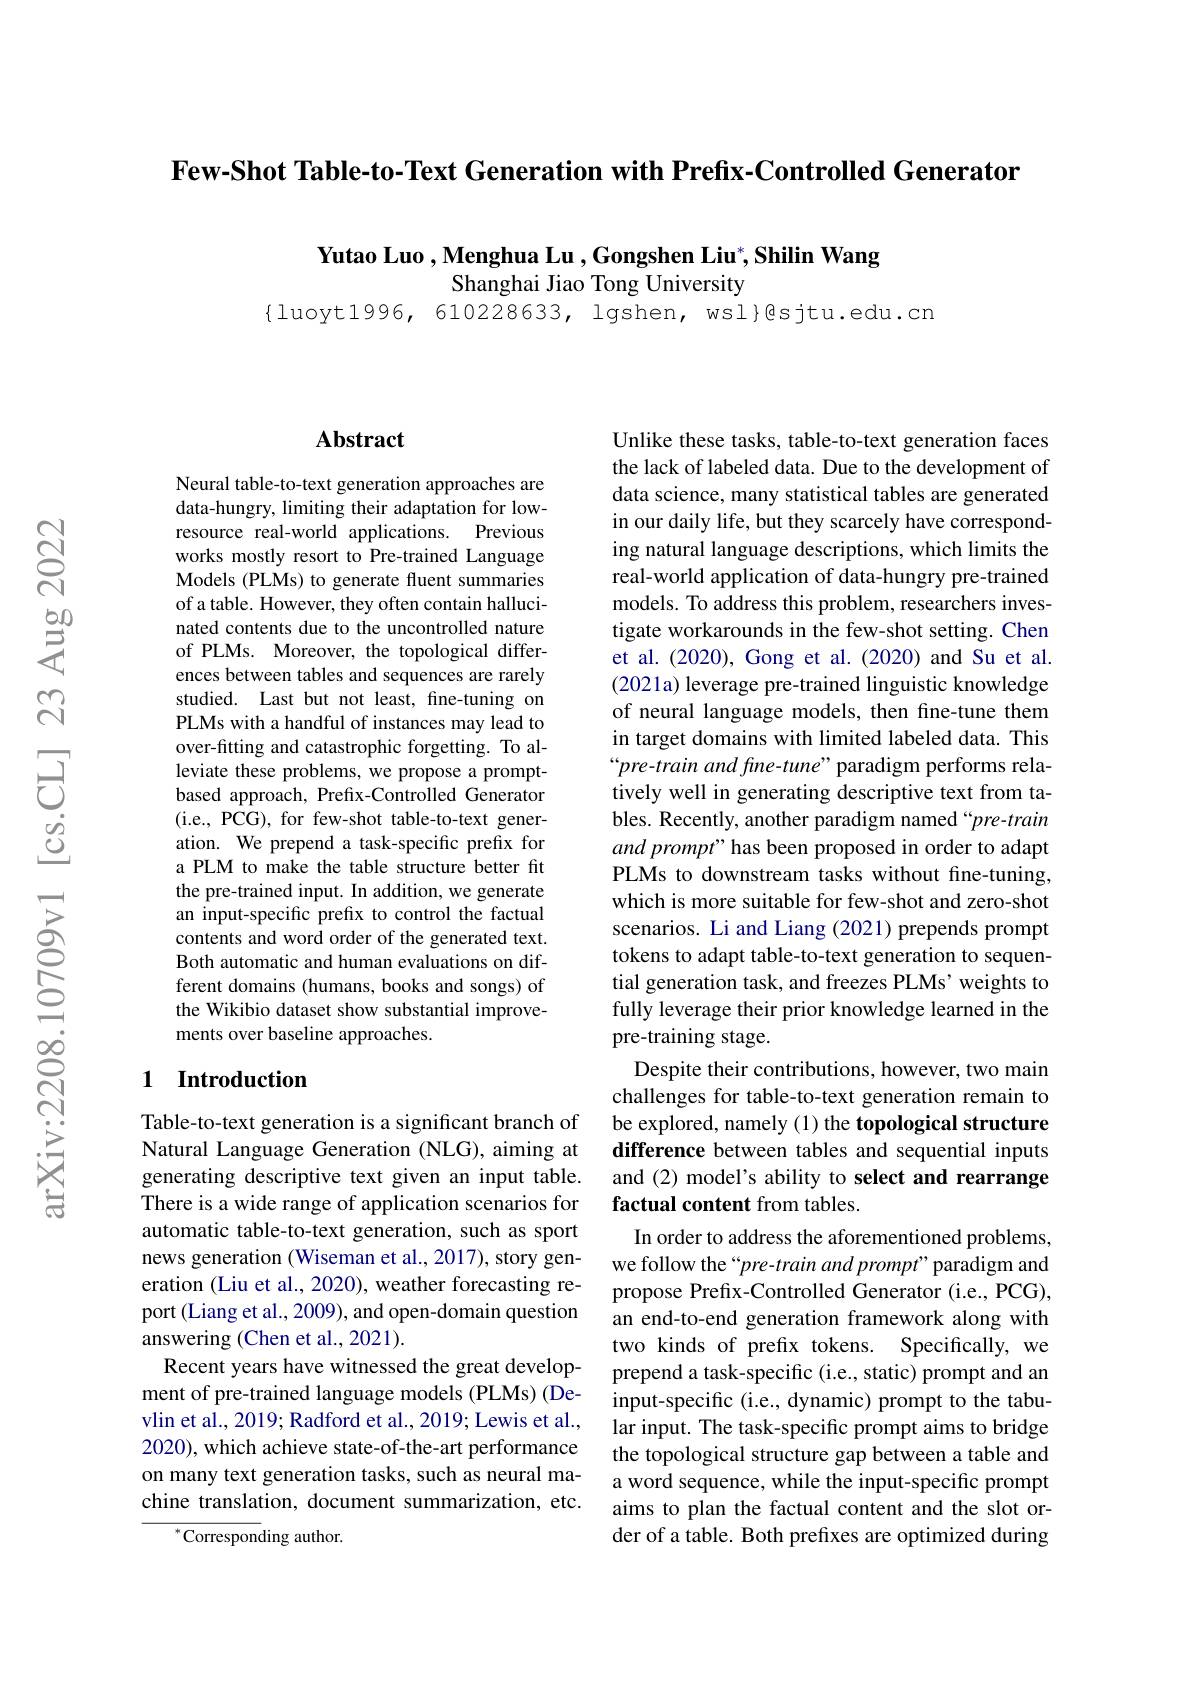
Few-Shot Table-to-Text Generation with Prefix-Controlled Generator

Yutao Luo ,Menghua Lu ,Gongshen Liu$^*$,Shilin Wang

Shanghai Jiao Tong University

$\{$luoyt1996, 610228633, lgshen, wsl}@sjtu.edu.cn

## $\mathbf{Abstract}$

Neural table-to-text generation approaches are data-hungry, limiting their adaptation for low-
Previous
resource real-world applications.
works mostly resort to Pre-trained Language Models (PLMs) to generate fluent summaries of a table. However, they often contain hallucinated contents due to the uncontrolled nature of PLMs. Moreover, the topological differences between tables and sequences are rarely studied. Last but not least, fne-tuning on PLMs with a handful of instances may lead to over-fitting and catastrophic forgetting. To alleviate these problems, we propose a promptbased approach, Prefix-Controlled Generator (i.e., PCG), for few-shot table-to-text generation. We prepend a task-specific prefix for a PLM to make the table structure better fit the pre-trained input. In addition, we generate an input-specific prefix to control the factual contents and word order of the generated text. Both automatic and human evaluations on different domains (humans, books and songs) of the Wikibio dataset show substantial improvements over baseline approaches.

## 1 Introduction

Table-to-text generation is a significant branch of Natural Language Generation (NLG), aiming at generating descriptive text given an input table. There is a wide range of application scenarios for automatic table-to-text generation, such as sport news generation (Wiseman et al., 2017), story generation (Liu et al., 2020), weather forecasting report (Liang et al., 2009), and open-domain question answering (Chen et al., 2021).
Recent years have witnessed the great development of pre-trained language models (PLMs) (Devlin et al., 2019; Radford et al., 2019; Lewis et al., 2020), which achieve state-of-the-art performance on many text generation tasks, such as neural machine translation, document summarization, etc.
$^{*}$Corresponding author.

Unlike these tasks, table-to-text generation faces the lack of labeled data. Due to the development of data science, many statistical tables are generated in our daily life, but they scarcely have corresponding natural language descriptions, which limits the real-world application of data-hungry pre-trained models. To address this problem, researchers investigate workarounds in the few-shot setting. Chen et al.(2020), Gong et al.(2020) and Su et al. (2021a) leverage pre-trained linguistic knowledge of neural language models, then fine-tune them in target domains with limited labeled data. This “pre-train and fine- tune” paradigm performs relatively well in generating descriptive text from tables. Recently, another paradigm named “pre-train and prompt" has been proposed in order to adapt PLMs to downstream tasks without fine-tuning, which is more suitable for few-shot and zero-shot scenarios. Li and Liang (2021) prepends prompt tokens to adapt table-to-text generation to sequential generation task, and freezes PLMs' weights to fully leverage their prior knowledge learned in the pre-training stage.
Despite their contributions, however, two main challenges for table-to-text generation remain to be explored, namely (1) the topological structure difference between tables and sequential inputs and (2) model's ability to select and rearrange factual content from tables.
In order to address the aforementioned problems, we follow the“pre-train and prompt”paradigm and propose Prefix-Controlled Generator (i.e., PCG), an end-to-end generation framework along with two kinds of prefix tokens. Specifically, we prepend a task-specific (i.e., static) prompt and an input-specific (i.e., dynamic) prompt to the tabular input. The task-specific prompt aims to bridge the topological structure gap between a table and a word sequence, while the input-specific prompt aims to plan the factual content and the slot order of a table. Both prefixes are optimized during